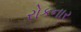
રોકનાર